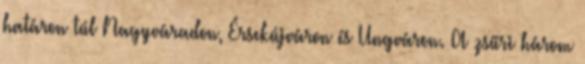
határon túl Nagyváradon, Érsekújváron és Ungváron. A zsűri három